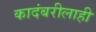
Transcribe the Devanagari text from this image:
कादंबरीलाही